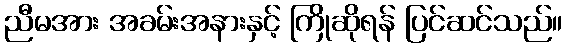
ညီမအား အခမ်းအနားနှင့် ကြိုဆိုရန် ပြင်ဆင်သည်။